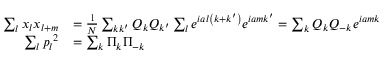
{ \begin{array} { r l } { \sum _ { l } x _ { l } x _ { l + m } } & { = { \frac { 1 } { N } } \sum _ { k k ^ { \prime } } Q _ { k } Q _ { k ^ { \prime } } \sum _ { l } e ^ { i a l \left( k + k ^ { \prime } \right) } e ^ { i a m k ^ { \prime } } = \sum _ { k } Q _ { k } Q _ { - k } e ^ { i a m k } } \\ { \sum _ { l } { p _ { l } } ^ { 2 } } & { = \sum _ { k } \Pi _ { k } \Pi _ { - k } } \end{array} }